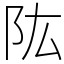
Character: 䧀